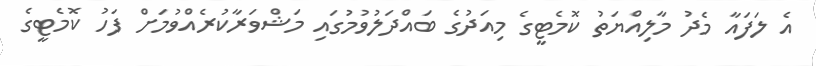
އެ ލަފައާ މެދު މާލިއްޔަތު ކޮމެޓީގެ މިއަދުގެ ބައްދަލުވުމުގައި މަޝްވަރާކުރެއްވުމަށް ފަހު ކޮމެޓީގެ